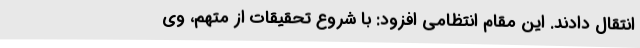
انتقال دادند. این مقام انتظامی افزود: با شروع تحقیقات از متهم، وی